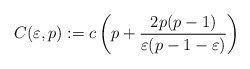
\begin{align*}C(\varepsilon,p):=c\left(p+\frac{2p(p-1)}{\varepsilon(p-1-\varepsilon)}\right)\end{align*}